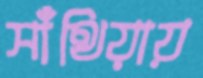
সাঁথিয়ায়